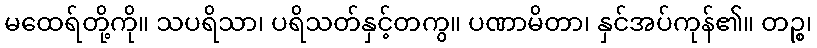
မထေရ်တို့ကို။ သပရိသာ၊ ပရိသတ်နှင့်တကွ။ ပဏာမိတာ၊ နှင်အပ်ကုန်၏။ တဉ္စ၊